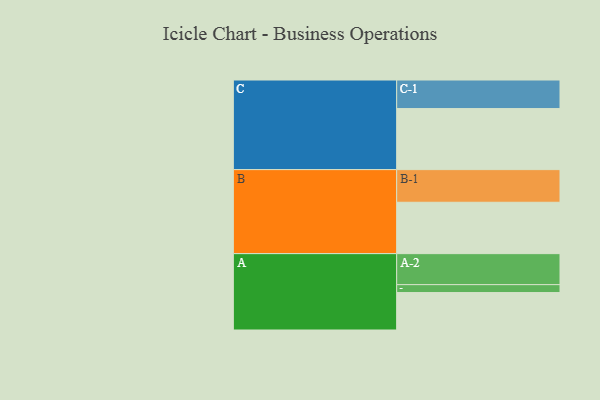
{"axis": {"x": "Segment", "y": "Value"}, "legend": ["", "A", "B", "C"], "data": [{"x": "A", "y": 342, "type": ""}, {"x": "B", "y": 469, "type": ""}, {"x": "C", "y": 557, "type": ""}, {"x": "A-1", "y": 72, "type": "A"}, {"x": "A-2", "y": 283, "type": "A"}, {"x": "B-1", "y": 298, "type": "B"}, {"x": "C-1", "y": 261, "type": "C"}]}